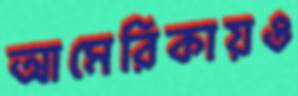
আমেরিকায়ও